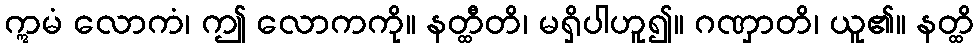
ဣမံ လောကံ၊ ဤ လောကကို။ နတ္ထီတိ၊ မရှိပါဟူ၍။ ဂဏှာတိ၊ ယူ၏။ နတ္ထိ